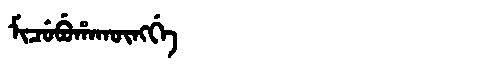
Manchu: ᠮᡳᠴᡠᠪᡠᡥᠠᡴᡡᠩᡤᡝ
Romanization: MICUBUHAKŪNGGE